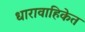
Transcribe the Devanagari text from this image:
धारावाहिकेत